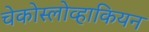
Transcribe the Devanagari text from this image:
चेकोस्लोव्हाकियन